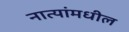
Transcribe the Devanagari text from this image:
नात्यांमधील